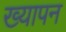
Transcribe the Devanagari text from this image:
ख्यापन